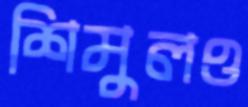
শিমুলও